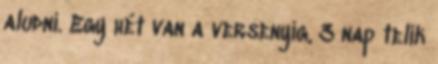
aludni. Egy hét van a versenyig, 3 nap telik